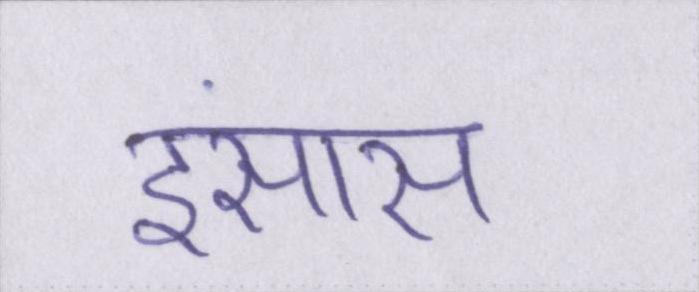
इंसास